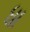
ધા